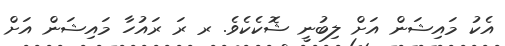
އެކު މައިޝަން އަށް ލިބުނީ ޝޮކެކެވެ. ރ ރަ ރައުހާ މައިޝަން އަށް